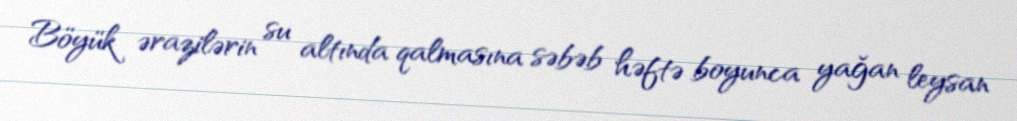
Böyük ərazilərin su altında qalmasına səbəb həftə boyunca yağan leysan